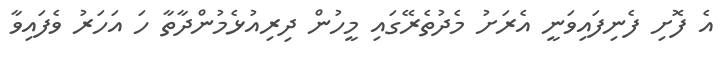
އެެ ފޮށި ފެނިފައިވަނީ އެރަށު މެދުތެރޭގައި މީހުން ދިރިއުޅެމުންދާތާ ހަ އަހަރު ވެފައިވާ